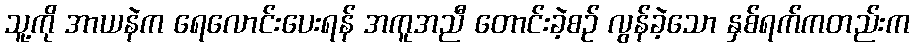
သူ့ကို အာယနဲက ရေလောင်းပေးရန် အကူအညီ တောင်းခဲ့စဉ် လွန်ခဲ့သော နှစ်ရက်ကတည်းက